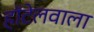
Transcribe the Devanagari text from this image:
हॉटेलवाला